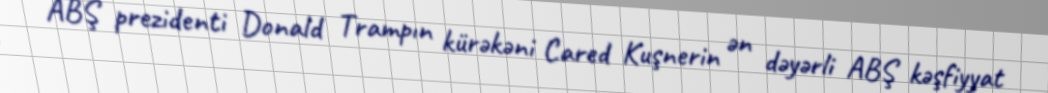
ABŞ prezidenti Donald Trampın kürəkəni Cared Kuşnerin ən dəyərli ABŞ kəşfiyyat